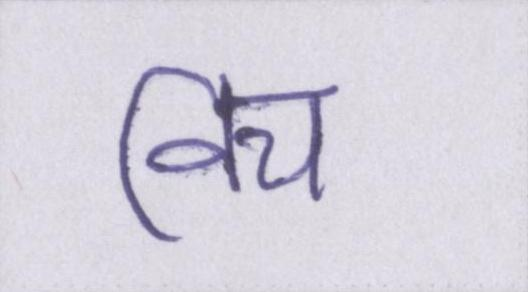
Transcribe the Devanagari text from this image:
विच